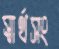
স্বার্থসং